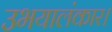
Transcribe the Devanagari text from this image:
उभयालंकार।